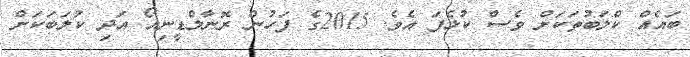
ބައެއް ކްލަބުތަކަށް ވެސް ކުޅެފަ އެވެ. 2015ގެ ފަހުން ރޮނާލްޑީނިއޯ އަދި ކުލަބަކަށް